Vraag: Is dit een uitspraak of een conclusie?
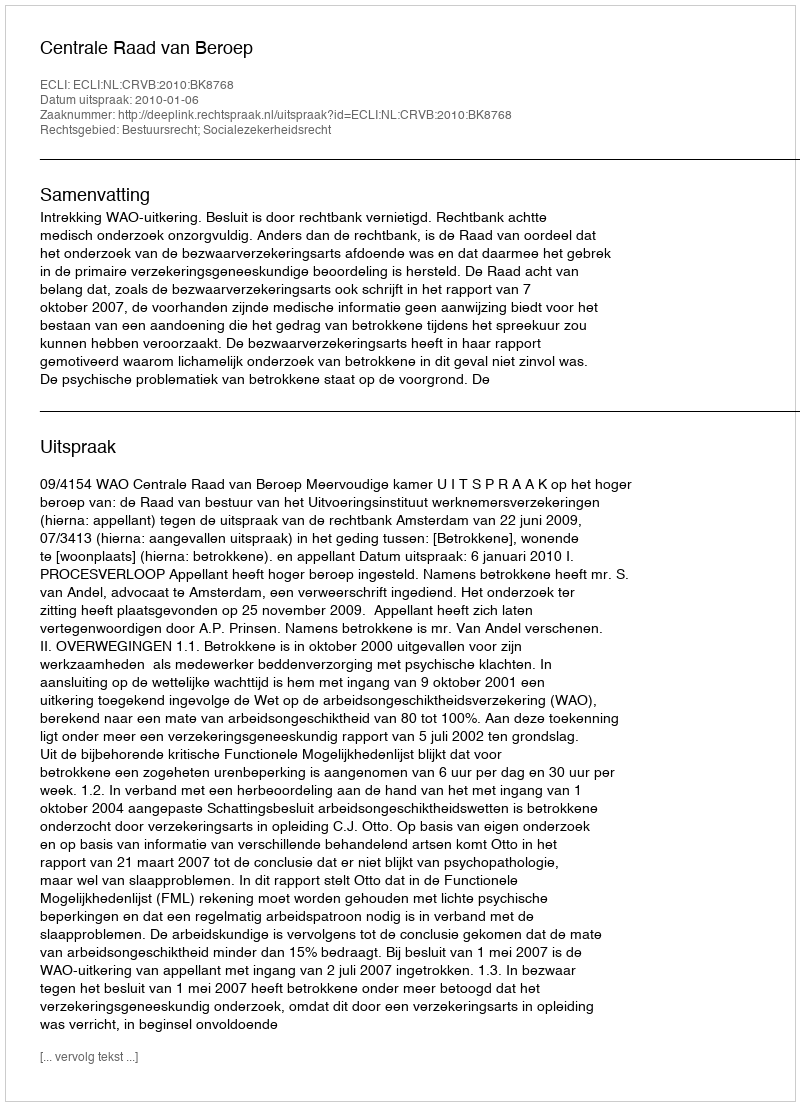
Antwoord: Uitspraak